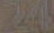
244